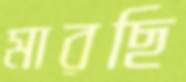
মারছি